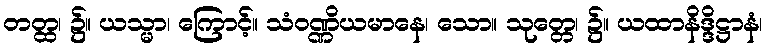
တတ္ထ၊ ၌။ ယသ္မာ၊ ကြောင့်။ သံဝဏ္ဏိယမာနေ၊ သော။ သုတ္တေ၊ ၌။ ယထာနိဒ္ဒိဋ္ဌာနံ၊